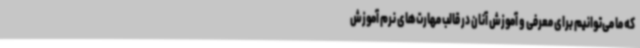
که ما می‌توانیم برای معرفی و آموزش آنان در قالب مهارت‌های نرم آموزش